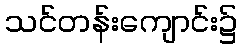
သင်တန်းကျောင်း၌